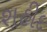
શહીદ